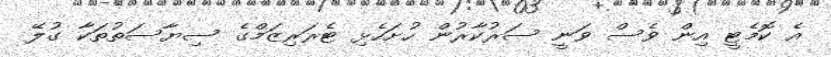
އެ ކޮމެޓީ އިން ވެސް ވަނީ ސަރުކާރުން ހުށަހެޅި ޓެރަރިޒަމްގެ ސިޔާސަތުތަކާ ގުލޭ